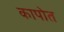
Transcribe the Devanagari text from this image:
कापोत